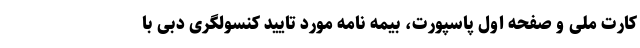
کارت ملی و صفحه اول پاسپورت، بیمه نامه مورد تایید کنسولگری دبی با